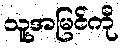
သူ့အမြင်ကို